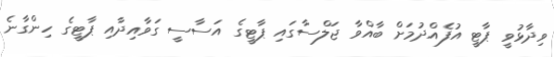
ވިދާޅުވީ ޕާޓީ އުފެއްދުމަށް ބާއްވާ ޖަލްސާގައި ޕާޓީގެ އަސާސީ ގަވާއިދާއި ޕާޓީގެ ހިންގާނެ